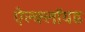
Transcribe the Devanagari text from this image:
ऐल्क्लॉयड